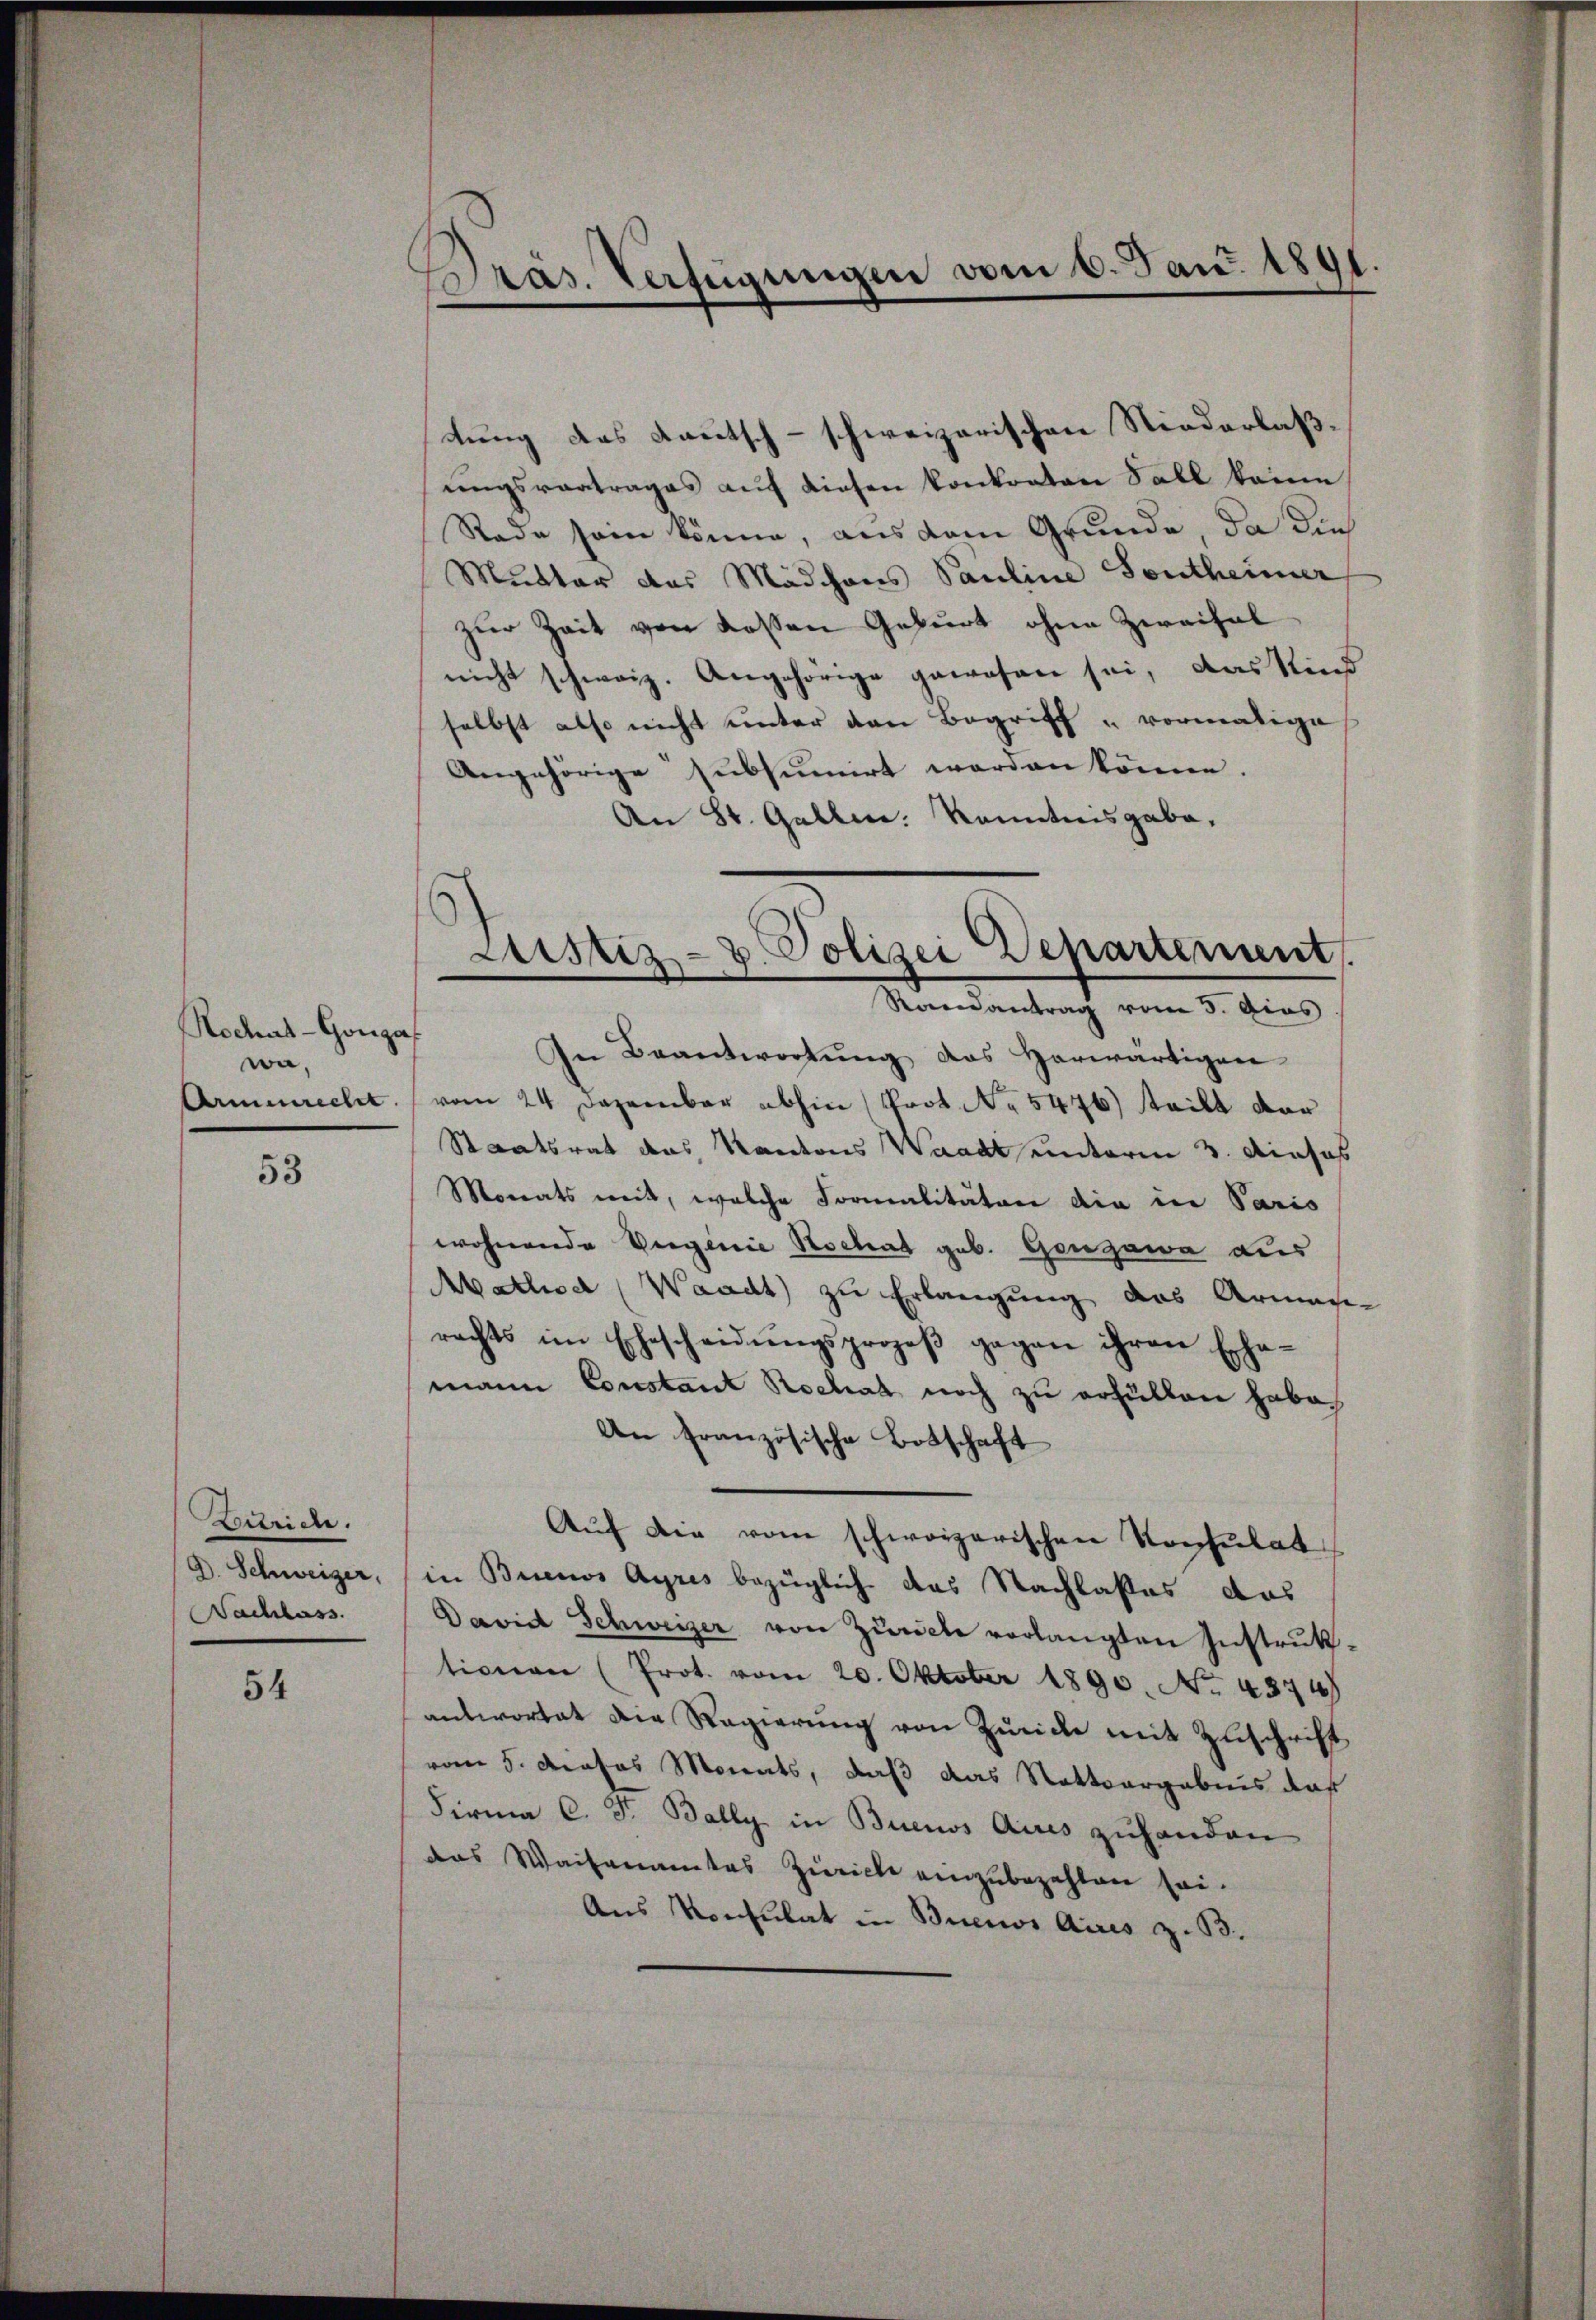
Nochat-Gonga
wa,

53

Zutride.
Nachlass

54

Pras. Verfügungen vom 6. Jan. 1891.
f

tung des Kautsch-schweizerischen Niederlaßungsvortrages auf diesen konkraten Sall keine
Rade sein könne, aus dem Grunde, da di
Mutter das Mädchens Pauline Sontheimer
zur Zeit von dessen Geburt ohne Zweifal
nicht schweiz. Angehörige gewesen sei, das Kind
selbst also nicht unter den Begriff u vormalige
Angehörige subsumirt werden könne.
An St. Gallen. Kenntnisgabe,

In Beantwortung des Herwärtigen
Armenrecht vom 24 Dezember abhin (Prot. No 5476) steilt vor
Staatsrat das Kantons Waadt unterm 3. Dieses
Monats mit, welche Formalitäten die in Paris
wohnende Vergerie Hochat geb. Gonzawa aus
Mathisd (Waadt zu Erlangung des Armani-
rechts im Ehescheidŭngsprozeß gegen ihren Erhemann Constant Rochat noch zu erfüllen habe.
An Französische Botschaft
Auf die vom schweizerischen Konsulat
D. Schweizer, in Buenos Ayres bezüglich das Nachlasses das
David Schweizer von Zürich verlangten Instruktionen (Prot. vom 20. Oktober 1890. No. 4374
antwortet die Regierung von Zürich mit Zuschrift
vom 5. dieses Monats, daß das Nattsergebnis daß
Firma C. Fr. Bally in Buenos Aires zuhanden
das Waisenamtes Zürich einzubezahlen sei.
Aus Konsulat in Buenos Aires z. B.

Justiz- & Polizei Departement.
Roendantrag vom 3. Ains